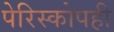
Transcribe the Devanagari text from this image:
पेरिस्कोपही